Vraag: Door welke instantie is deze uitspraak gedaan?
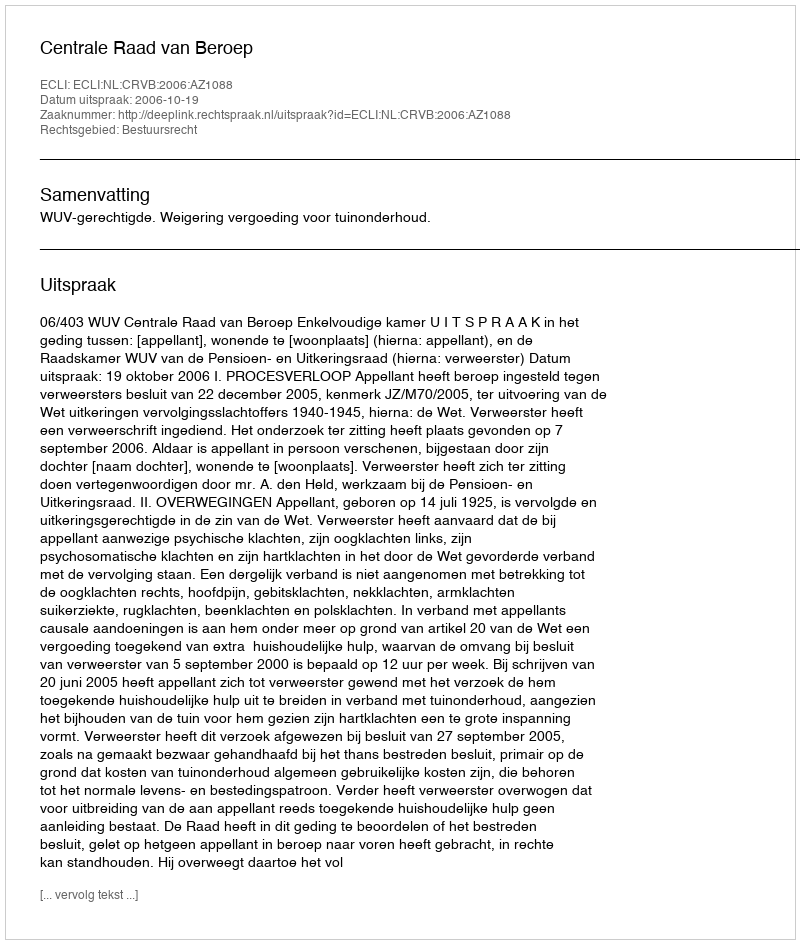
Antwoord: Centrale Raad van Beroep